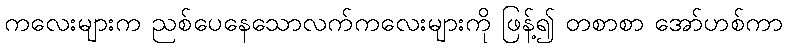
ကလေးများက ညစ်ပေနေသောလက်ကလေးများကို ဖြန့်၍ တစာစာ အော်ဟစ်ကာ